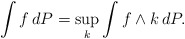
\begin{align*}\int f\,dP=\sup_k\int f\wedge k\,dP.\end{align*}